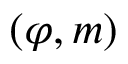
( \varphi , m )